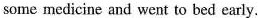
some medicine and went to bed early.